Report of the Hyderabad Chloroform Commission
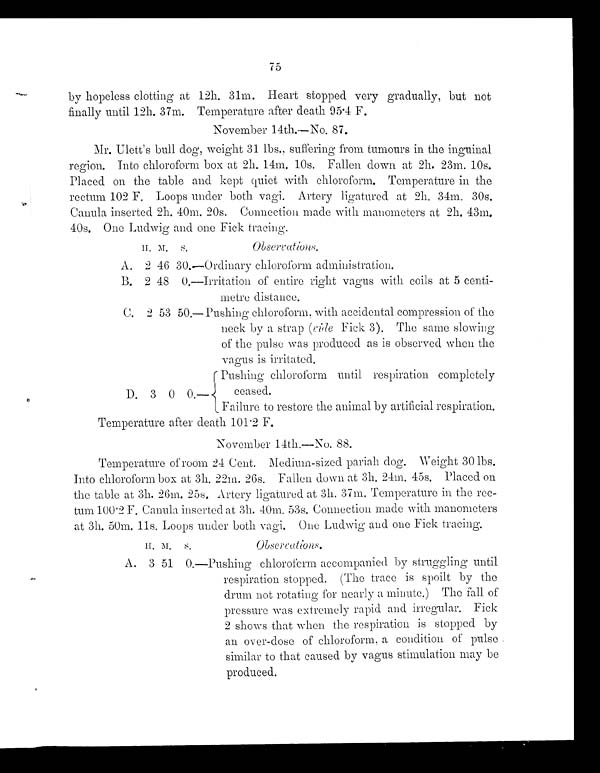
75
by hopeless clotting at 12h. 31m. Heart stopped very gradually, but not
finally until 12h. 37m. Temperature after death 95.4 F.
November 14th.—No. 87.
Mr. Ulett's bull dog, weight 31 lbs., suffering from tumours in the inguinal
region. Into chloroform box at 2h. 14m. 10s. Fallen down at 2h. 23m. 10s.
Placed on the table and kept quiet with chloroform. Temperature in the
rectum 102 F. Loops under both vagi. Artery ligatured at 2h. 34m. 30s.
Cannla inserted 2h. 40m. 20s. Connection made with manometers at 2h. 43m.
40s. One Ludwig and one Fick tracing.
H. M. S.
Observations.
A. 2 46 30.—Ordinary chloroform administration.
B. 2 48 0.—Irritation of entire right vagus with coils at 5 centi-
metre distance.
C. 2 53 50.—Pushing chloroform, with accidental compression of the
neck by a strap (vide Fick 3). The same slowing
of the pulse was produced as is observed when
t h e v a g u s i s i r r i t a t e d .
D.
3 0 0. —Pushi ng chl or of or m unt i l r espi r at i on compl et el y
ceased.
Failure to restore the animal by artificial respiration.
Temperature after death 101.2 F.
November 14th.—No. 88.
Temperature of room 24 Cent. Medium-sized pariah dog. Weight 30 lbs.
Into chloroform box at 3h. 22m. 26s. Fallen down at 3h. 24m. 45s. Placed on
the table at 3h. 26m. 25s. Artery ligatured at 3h. 37m. Temperature in the rec-
tum 100.2 F. Canula inserted at 3h. 40m, 53s. Connection made with manometers
at 3h. 50m. 11s. Loops under both vagi. One Ludwig and one Fick tracin
g .
H . M . S . O b s e r v a t i o n s .
A. 3 51 0.—Pushing chloroform accompanied by struggling
u n t i l
respiration stopped. (The trace is spoilt by the
drum not rotating for nearly a minute.) The fall of
pressure was extremely rapid and irregular. Fick
2 shows that when the respiration is stopped by
an over-dose of chloroform, a condition of pulse
similar to that caused by vagus stimulation may be
produced.